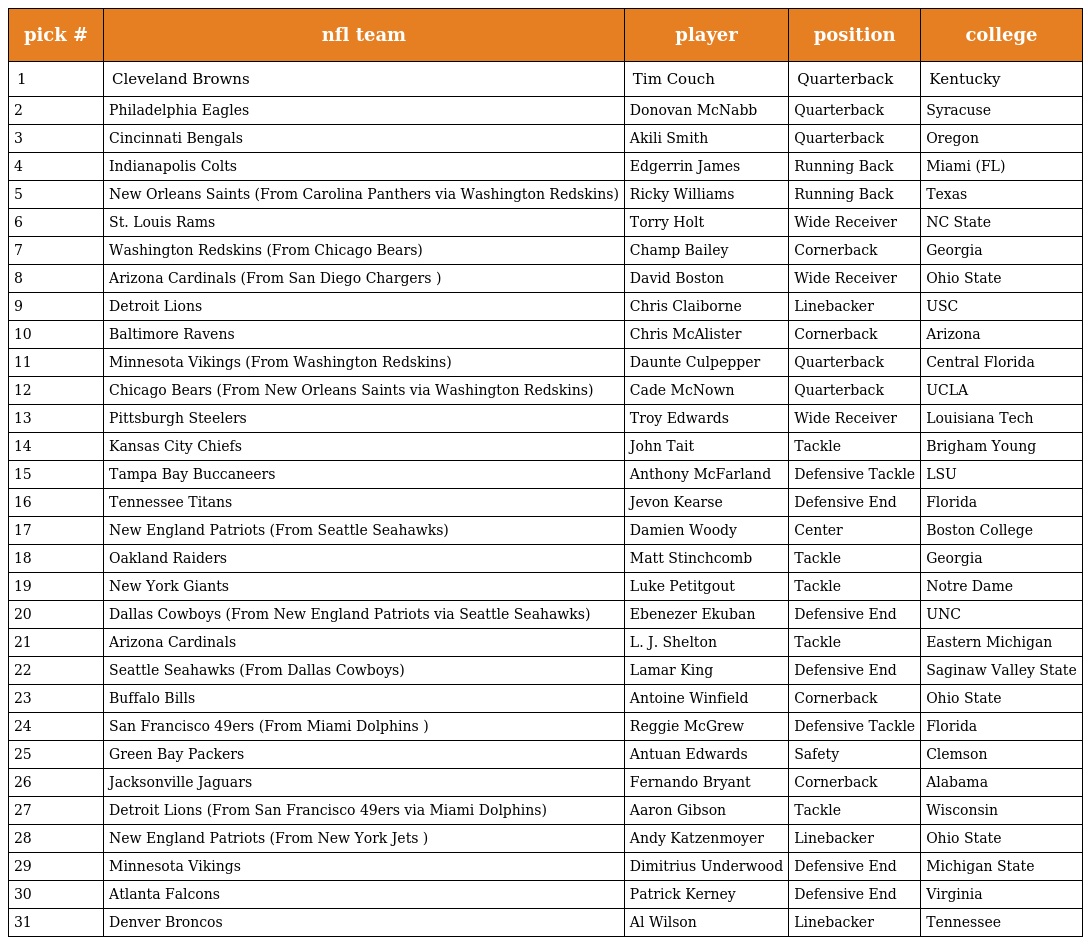
| pick # | nfl team | player | position | college |
 | --- | --- | --- | --- | --- |
 | 1 | Cleveland Browns | Tim Couch | Quarterback | Kentucky |
 | 2 | Philadelphia Eagles | Donovan McNabb | Quarterback | Syracuse |
 | 3 | Cincinnati Bengals | Akili Smith | Quarterback | Oregon |
 | 4 | Indianapolis Colts | Edgerrin James | Running Back | Miami (FL) |
 | 5 | New Orleans Saints (From Carolina Panthers via Washington Redskins) | Ricky Williams | Running Back | Texas |
 | 6 | St. Louis Rams | Torry Holt | Wide Receiver | NC State |
 | 7 | Washington Redskins (From Chicago Bears) | Champ Bailey | Cornerback | Georgia |
 | 8 | Arizona Cardinals (From San Diego Chargers ) | David Boston | Wide Receiver | Ohio State |
 | 9 | Detroit Lions | Chris Claiborne | Linebacker | USC |
 | 10 | Baltimore Ravens | Chris McAlister | Cornerback | Arizona |
 | 11 | Minnesota Vikings (From Washington Redskins) | Daunte Culpepper | Quarterback | Central Florida |
 | 12 | Chicago Bears (From New Orleans Saints via Washington Redskins) | Cade McNown | Quarterback | UCLA |
 | 13 | Pittsburgh Steelers | Troy Edwards | Wide Receiver | Louisiana Tech |
 | 14 | Kansas City Chiefs | John Tait | Tackle | Brigham Young |
 | 15 | Tampa Bay Buccaneers | Anthony McFarland | Defensive Tackle | LSU |
 | 16 | Tennessee Titans | Jevon Kearse | Defensive End | Florida |
 | 17 | New England Patriots (From Seattle Seahawks) | Damien Woody | Center | Boston College |
 | 18 | Oakland Raiders | Matt Stinchcomb | Tackle | Georgia |
 | 19 | New York Giants | Luke Petitgout | Tackle | Notre Dame |
 | 20 | Dallas Cowboys (From New England Patriots via Seattle Seahawks) | Ebenezer Ekuban | Defensive End | UNC |
 | 21 | Arizona Cardinals | L. J. Shelton | Tackle | Eastern Michigan |
 | 22 | Seattle Seahawks (From Dallas Cowboys) | Lamar King | Defensive End | Saginaw Valley State |
 | 23 | Buffalo Bills | Antoine Winfield | Cornerback | Ohio State |
 | 24 | San Francisco 49ers (From Miami Dolphins ) | Reggie McGrew | Defensive Tackle | Florida |
 | 25 | Green Bay Packers | Antuan Edwards | Safety | Clemson |
 | 26 | Jacksonville Jaguars | Fernando Bryant | Cornerback | Alabama |
 | 27 | Detroit Lions (From San Francisco 49ers via Miami Dolphins) | Aaron Gibson | Tackle | Wisconsin |
 | 28 | New England Patriots (From New York Jets ) | Andy Katzenmoyer | Linebacker | Ohio State |
 | 29 | Minnesota Vikings | Dimitrius Underwood | Defensive End | Michigan State |
 | 30 | Atlanta Falcons | Patrick Kerney | Defensive End | Virginia |
 | 31 | Denver Broncos | Al Wilson | Linebacker | Tennessee |